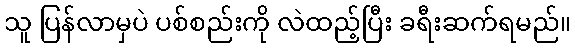
သူ ပြန်လာမှပဲ ပစ်စည်းကို လဲထည့်ပြီး ခရီးဆက်ရမည်။